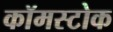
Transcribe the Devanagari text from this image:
कॉमस्टोक